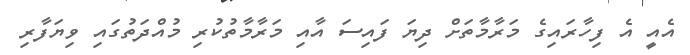
އެއީ އެ ފިހާރައިގެ މަރާމާތަށް ދިޔަ ފައިސަ އާއި މަރާމާތުކުރި މުއްދަތުގައި ވިޔަފާރި